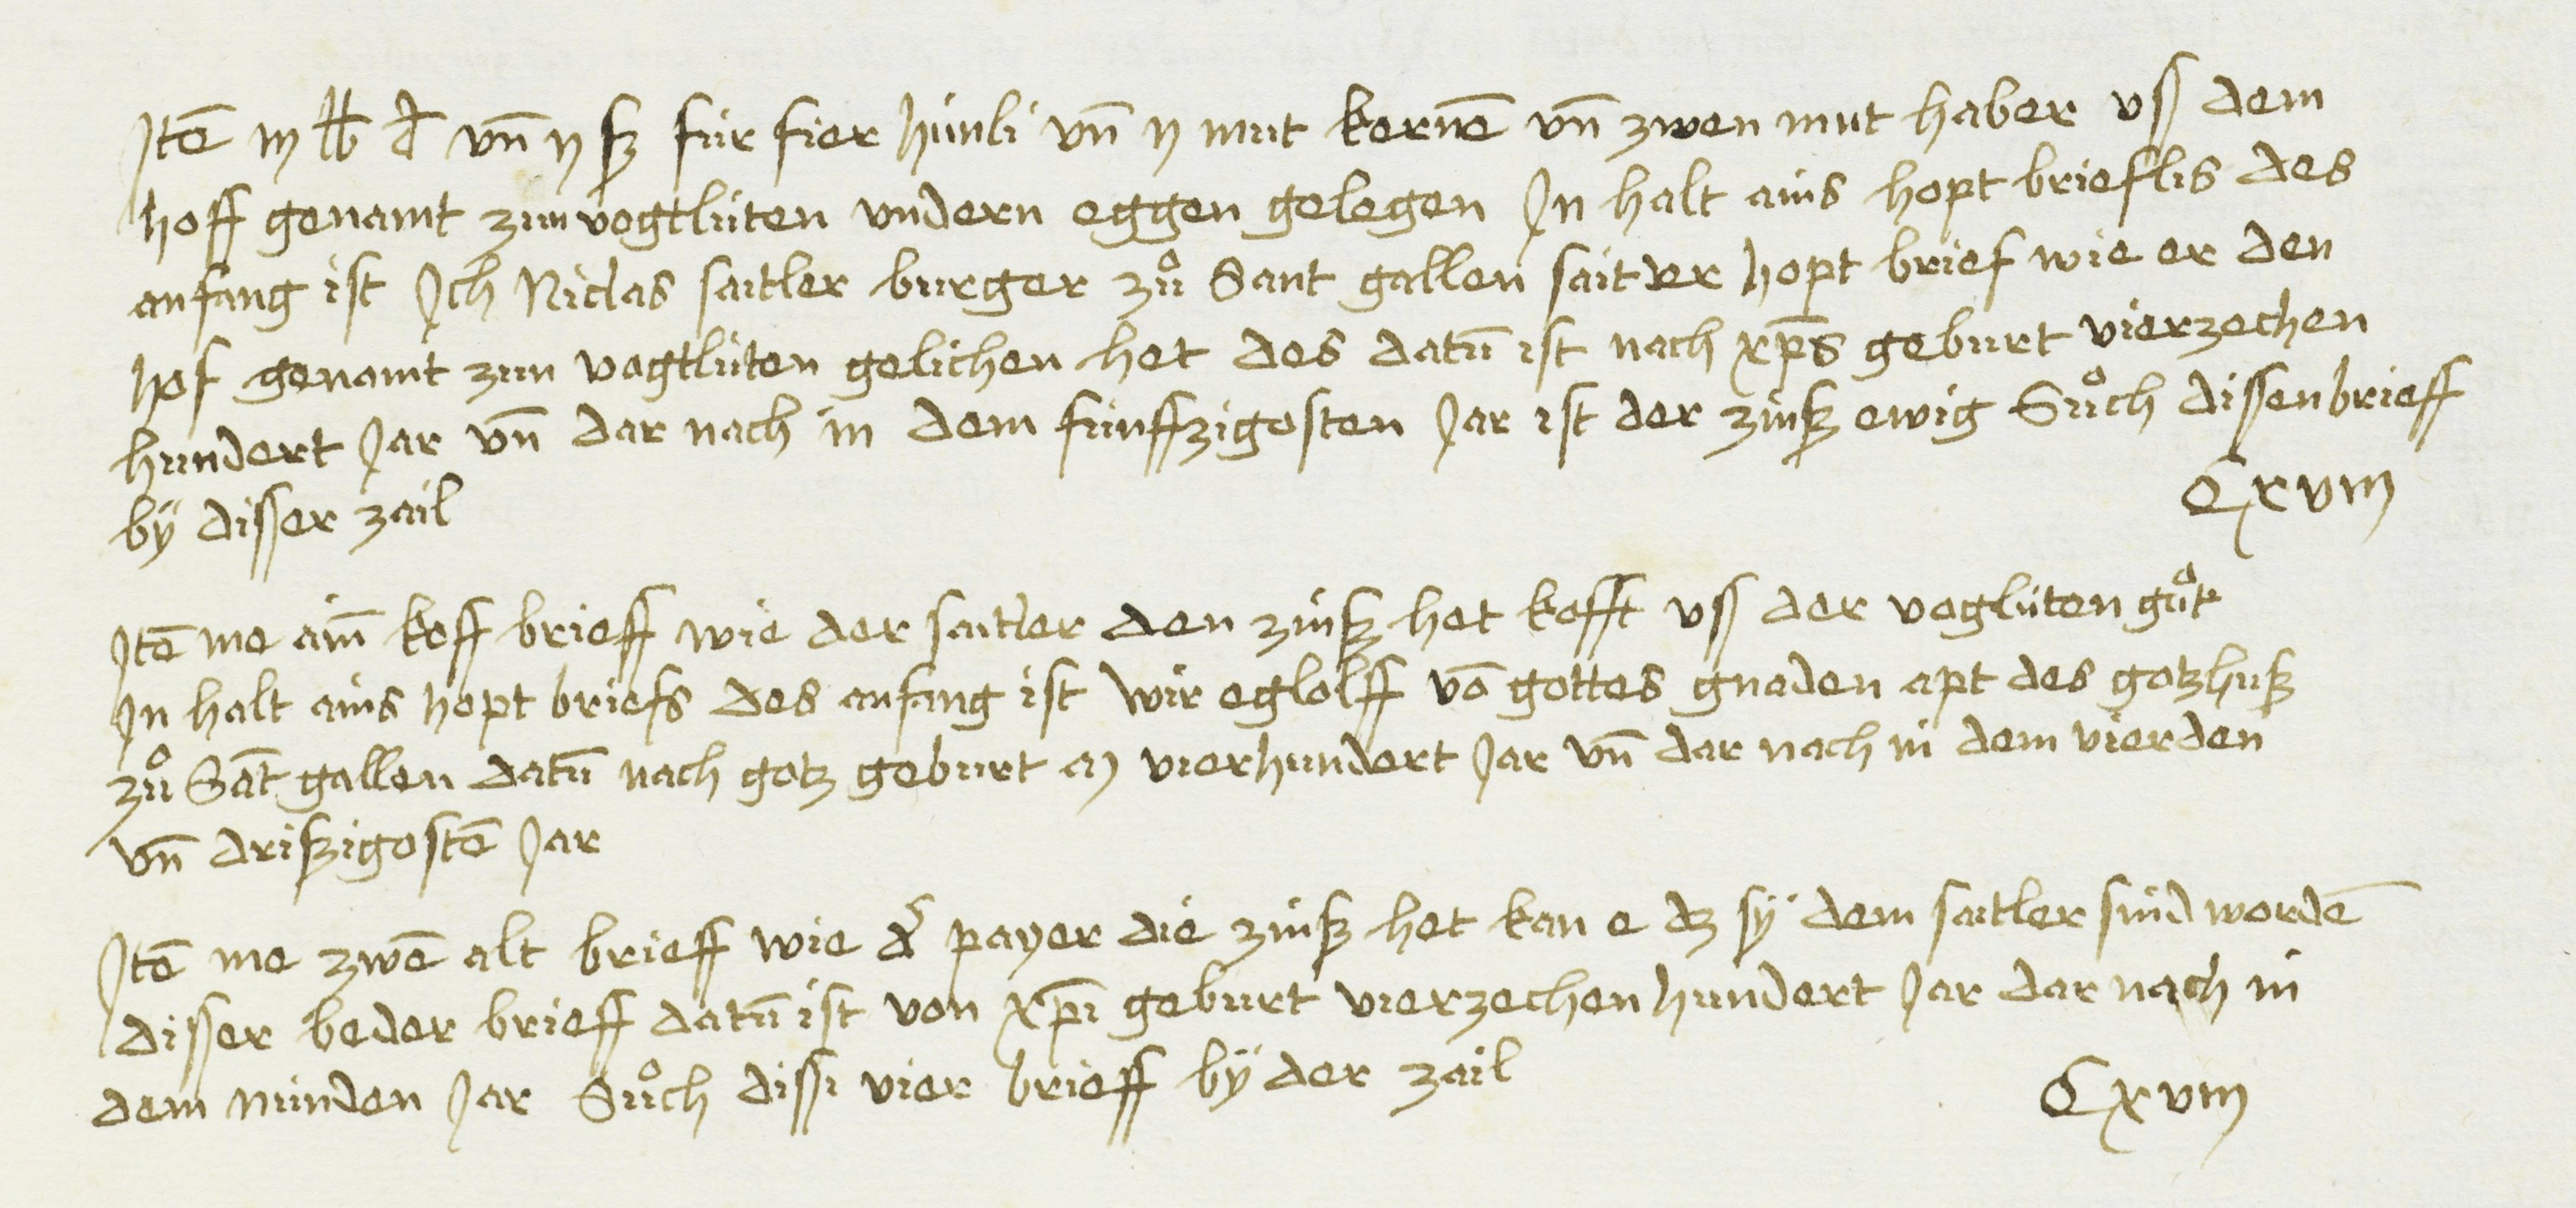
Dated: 1435–1499